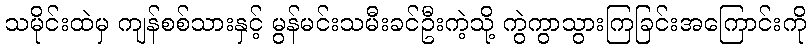
သမိုင်းထဲမှ ကျန်စစ်သားနှင့် မွန်မင်းသမီးခင်ဦးကဲ့သို့ ကွဲကွာသွားကြခြင်းအကြောင်းကို